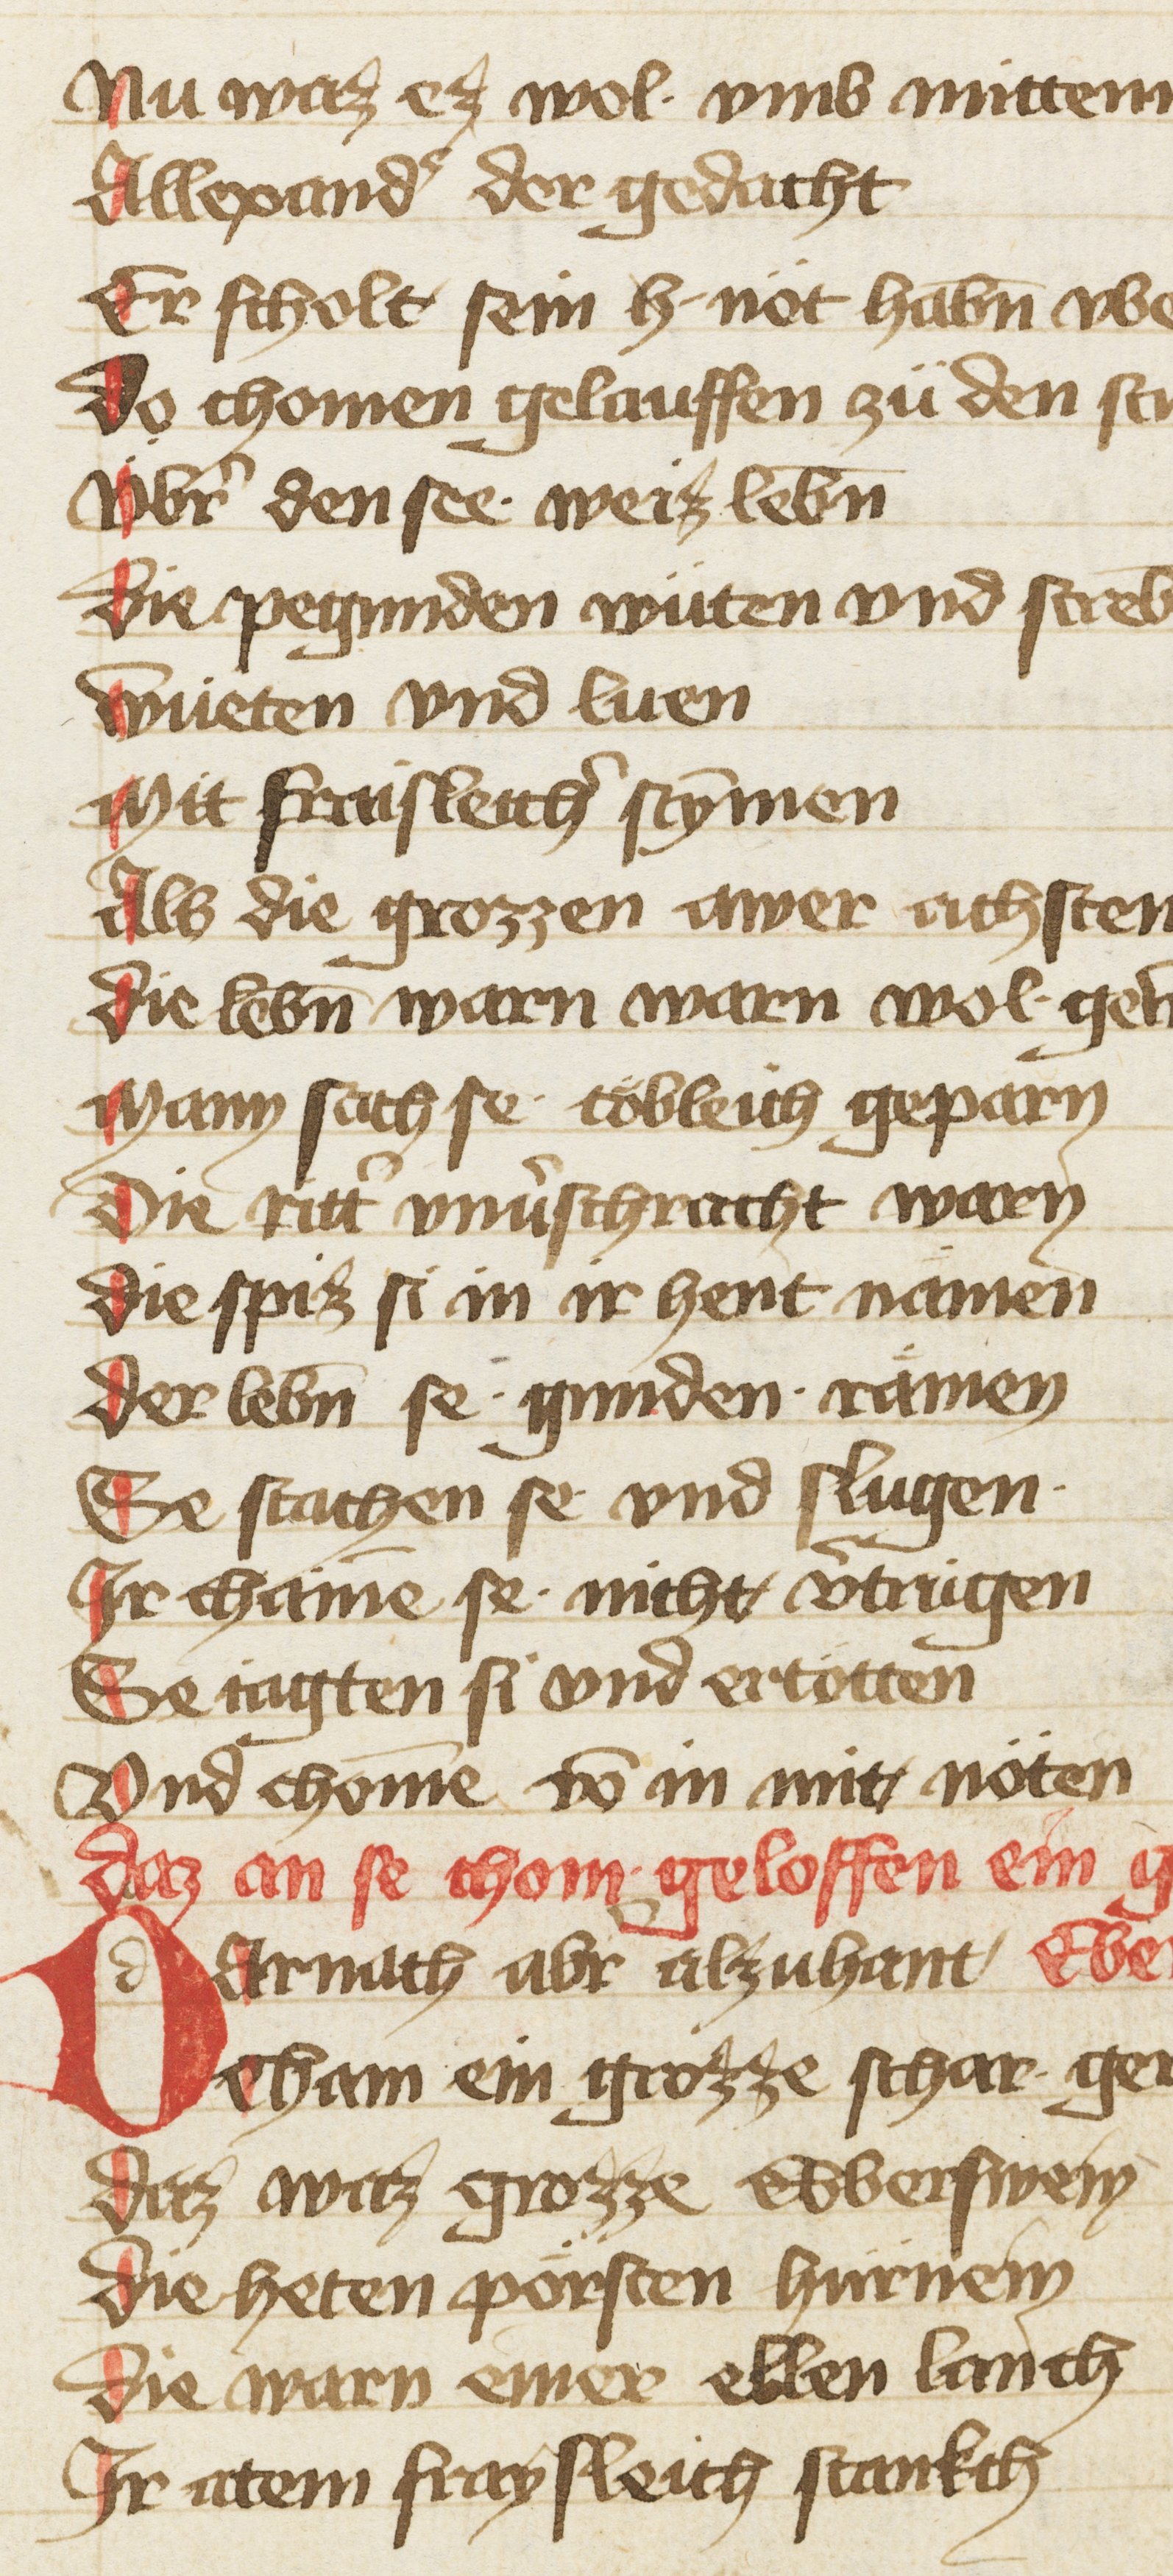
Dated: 1402–1402